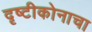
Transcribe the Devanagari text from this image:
दृष्टीकोनाचा